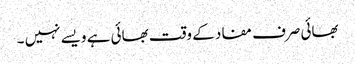
بھائی صرف مفاد کے وقت بھائی ہے ویسے نہیں ۔